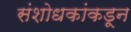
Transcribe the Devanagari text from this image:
संशोधकांकडून